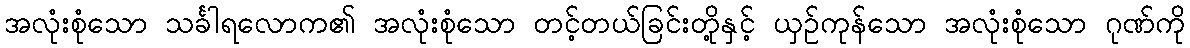
အလုံးစုံသော သင်္ခါရလောက၏ အလုံးစုံသော တင့်တယ်ခြင်းတို့နှင့် ယှဉ်ကုန်သော အလုံးစုံသော ဂုဏ်ကို